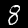
Label: 8